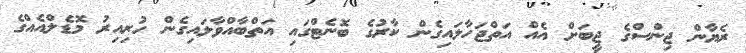
ރެޔާން ޖިންސްގެ ޖީބަށް އެއް އަތްޖަހާލައިގެން ކާރުގެ ބޮނެޓްގައި އަތްބާއްވާލައިގެން ހުރިއިރު މޮޑެލްއެއްގެ